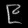
Digit: ၉